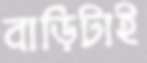
বাড়িটাই